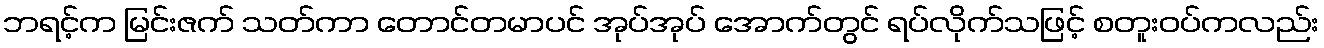
ဘရင့်က မြင်းဇက် သတ်ကာ တောင်တမာပင် အုပ်အုပ် အောက်တွင် ရပ်လိုက်သဖြင့် စတူးဝပ်ကလည်း